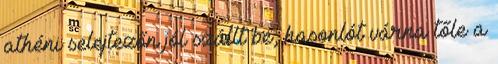
athéni selejtezőn jól szállt be, hasonlót várna tőle a